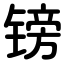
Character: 镑